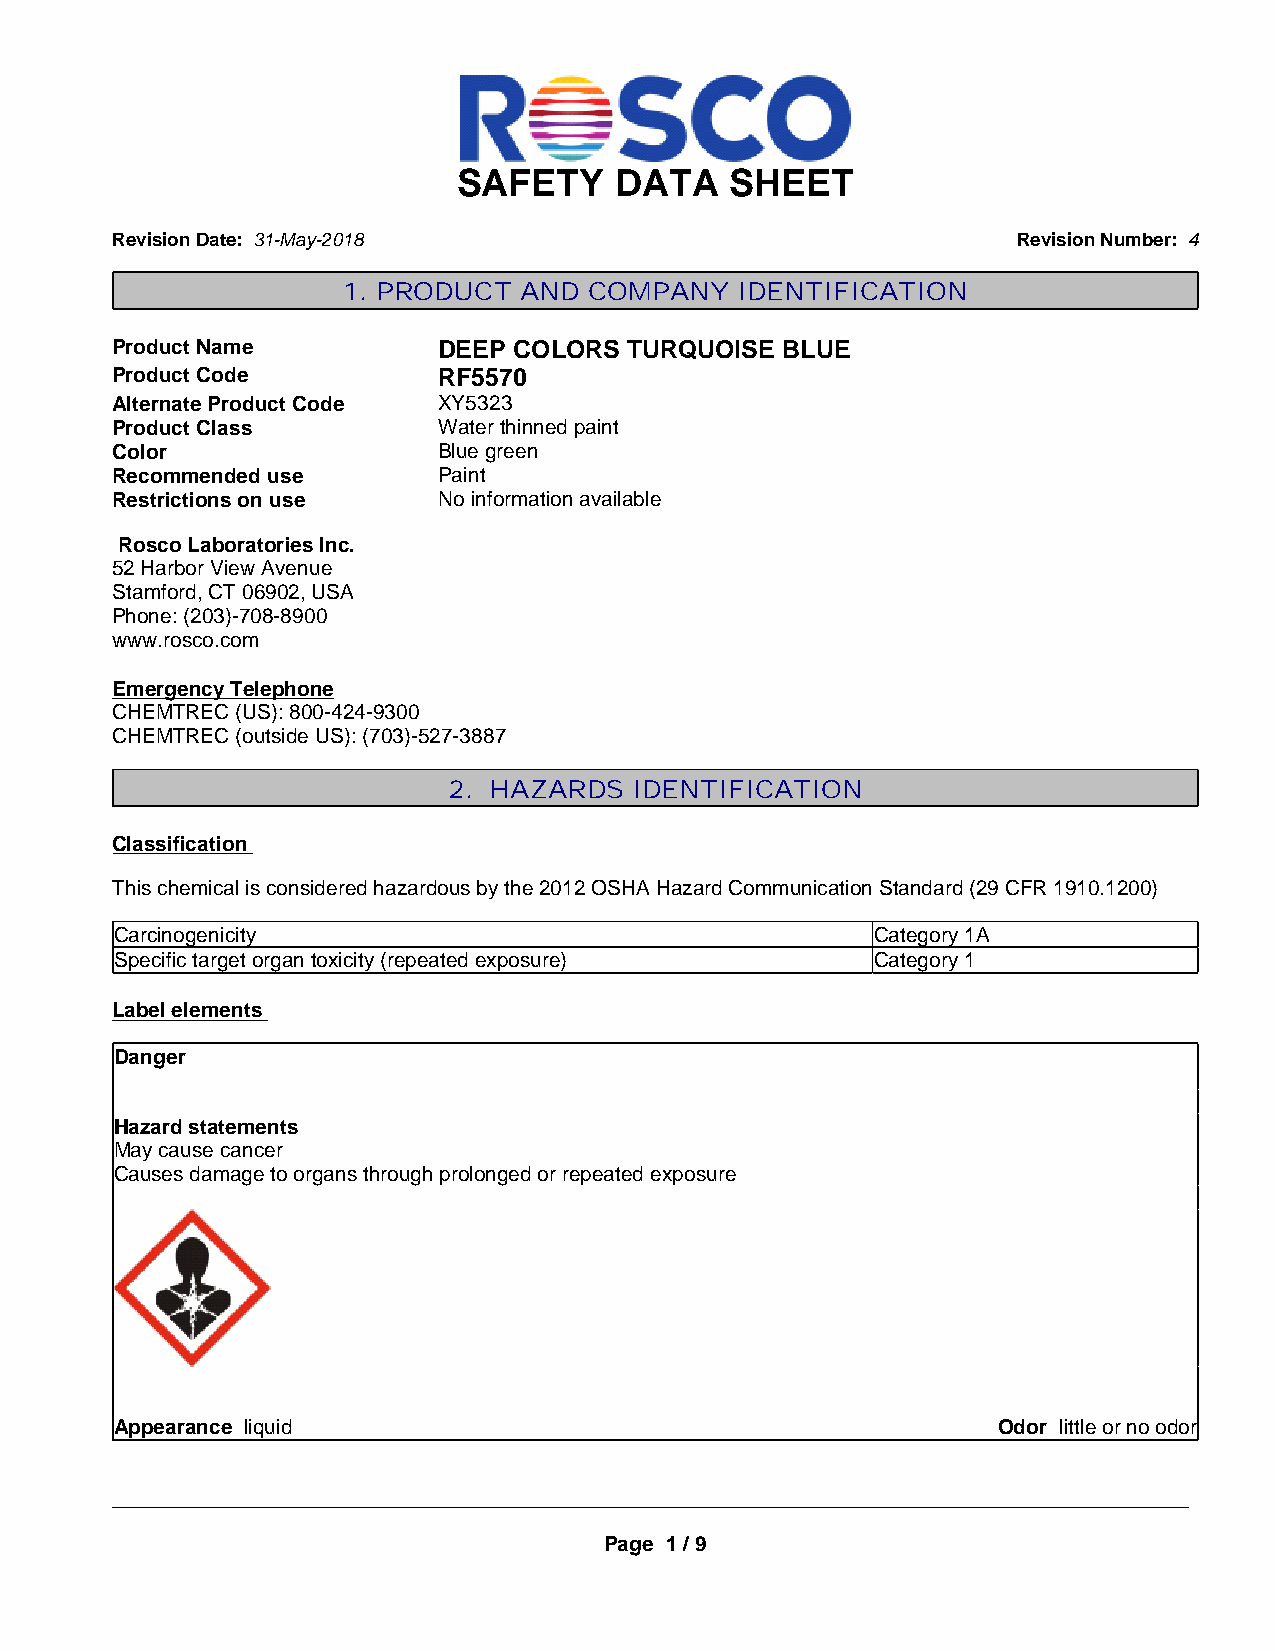
SAFETY     DATA   SHEET
 Revision Date: 31-May-2018                                  Revision Number: 4
 1. PRODUCT AND  COMPANY   IDENTIFICATION
 Product Name          DEEP COLORS  TURQUOISE BLUE
 Product Code          RF5570
 Alternate Product Code XY5323
 Product Class         Water thinned paint
 Color                 Blue green
 Recommended use       Paint
 Restrictions on use   No information available
 Rosco Laboratories Inc.
 52 Harbor View Avenue
 Stamford, CT 06902, USA
 Phone: (203)-708-8900
 www.rosco.com
 Emergency Telephone
 CHEMTREC (US): 800-424-9300
 CHEMTREC (outside US): (703)-527-3887
 2. HAZARDS  IDENTIFICATION
 Classification
 This chemical is considered hazardous by the 2012 OSHA Hazard Communication Standard (29 CFR 1910.1200)
 Carcinogenicity                                   Category 1A
 Specific target organ toxicity (repeated exposure) Category 1
 Label elements
 Danger
 Hazard statements
 May cause cancer
 Causes damage to organs through prolonged or repeated exposure
 Appearance liquid                                         Odor little or no odor
 _____________________________________________________________________________________________
 Page 1 / 9